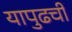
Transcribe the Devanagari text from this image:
यापुढची